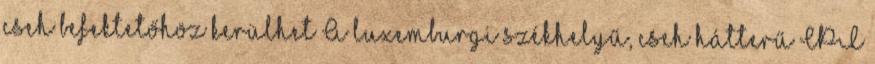
cseh befektetőhöz kerülhet A luxemburgi székhelyű, cseh hátterű CPI